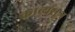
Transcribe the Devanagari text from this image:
काव्यसूत्र